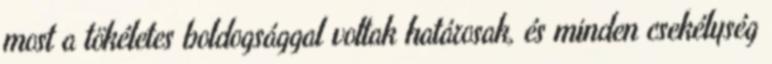
most a tökéletes boldogsággal voltak határosak, és minden csekélység